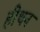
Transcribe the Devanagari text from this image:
हीथन